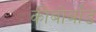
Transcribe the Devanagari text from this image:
कीबोर्बांड